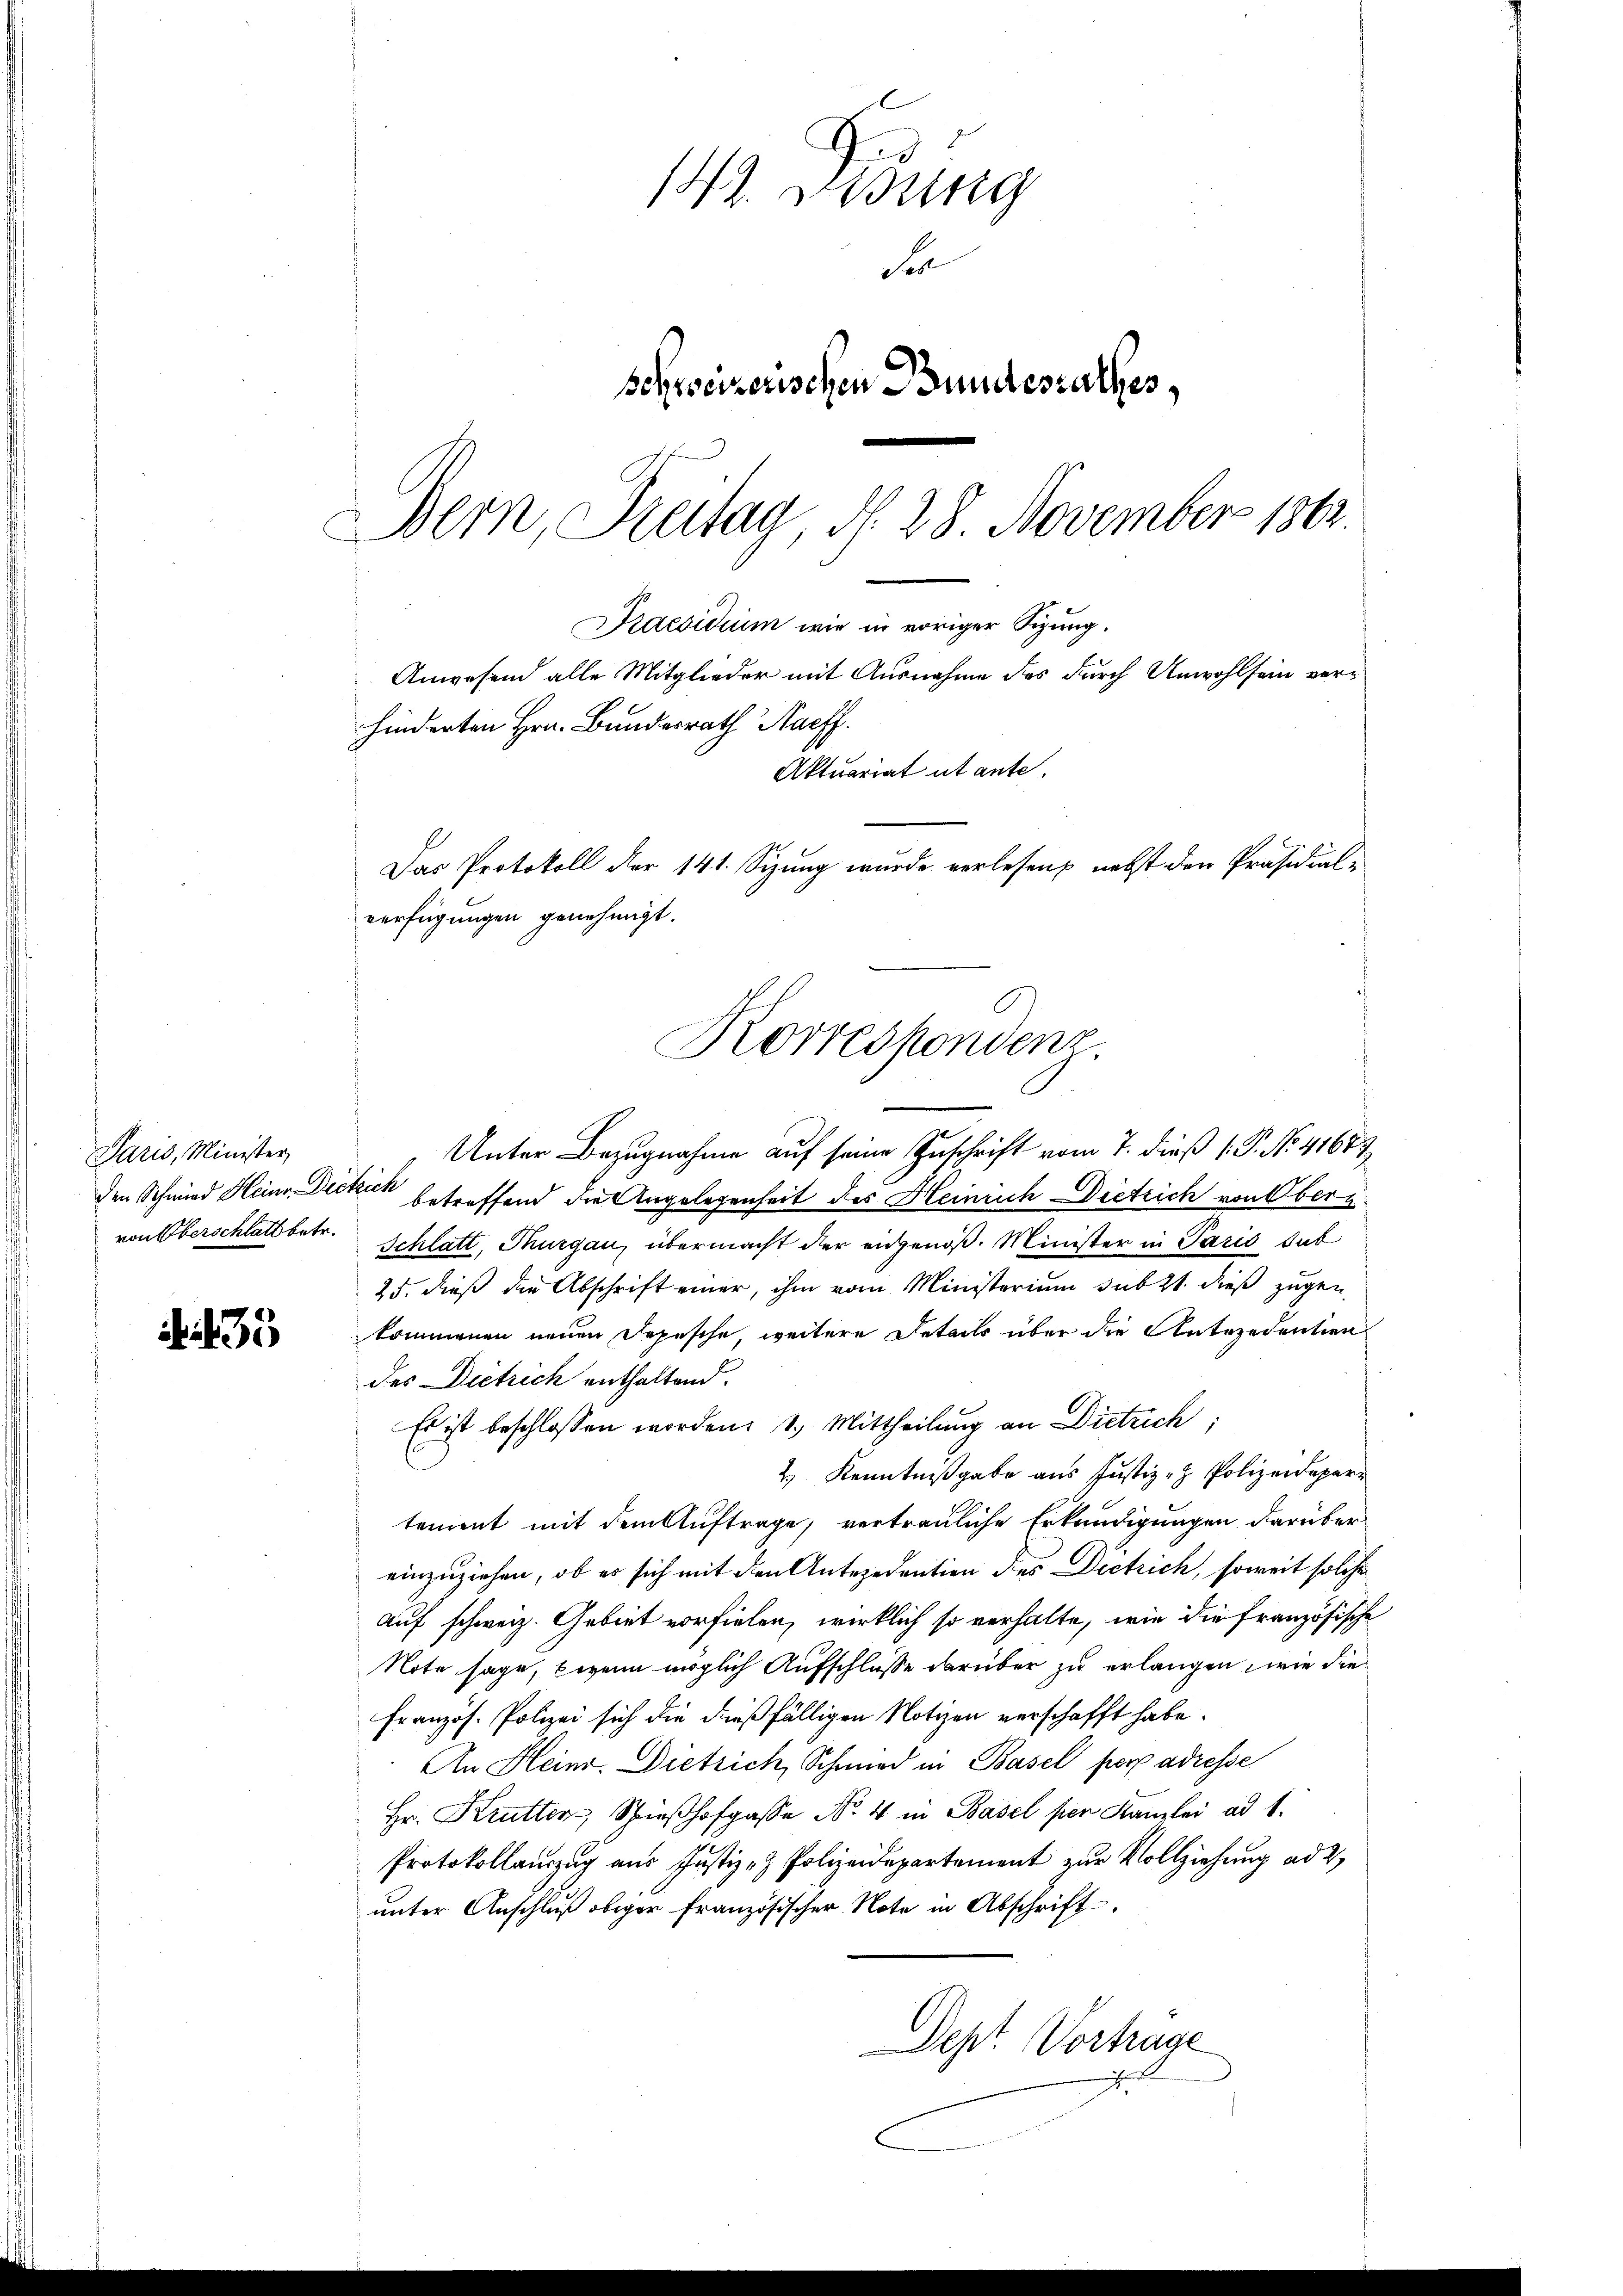
Paris, Minister,
den Schmied Heinr. De
von Oberschlatt betr.

35

142. Disung
S
schreizerischen Bundesrathes,
Bern, Freitag, d. 28. November 1804.

Das Protokoll der 141. Sizung wurde verlesen, nebst den Präsidial-
verfügungen genehmigt.
Korrespondenz.

Praesidium wie in voriger Sizung.
Anwesend alle Mitglieder mit Ausnahme des durch Unwohlsein verhinderten Hrn. Bundesrath Nachf

Aktuariat utante.

Unter Bezugnahme auf seine Zuschrift vom 7. dieß (: P. No. 41677
ckuk betreffend die Angelegenheit des Heinrich Dietrich von Obern
Schlatt, Thurgau, übermacht der angenoß. Minister in Paris sub
25. dieß die Abschrift einer, ihm vom Ministerium sub 2t dieß zugen
kommenen neuen Depesche, weitere Details über die Antezerentien
des Dietrich enthaltend.
Es ist beschlossen worden: 1. Mittheilung an Dietrich;
2.) Kenntnißgabe aus Justiz- & Polizeidepartement mit dem Auftrage, vertrauliche Erkundigungen darüber
einzuziehen, ob es sich mit den Antezedention des Dietrich, soweit solche
auf schweiz. Gebiet vorfielen, wirklich so verhalte, wie die französische
Note sage, wenn möglich Aufschlusse darüber zu erlangen, wie die
Französ. Polizei sich die dießfälligen Notizen verschafft habe.
An Heinr. Dietrich, Schmied in Basel perp adresse
Hr. Krutter, Spieβhofgasse No. 4 in Basel per Kanzlei ad 1.
Protokollauszug aus Justiz- & Polizeidepartement zur Vollziehung ad 2,
unter Anschluß obiger französischer Note in Abschrift
Dept. Vortrage
J